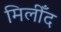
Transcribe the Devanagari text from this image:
मिलीँद